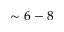
\sim 6 - 8